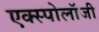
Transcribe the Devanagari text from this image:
एक्स्पोलॉजी